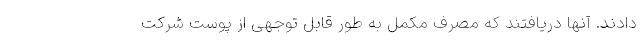
دادند. آنها دریافتند که مصرف مکمل به طور قابل توجهی از پوست شرکت